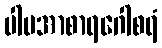
ပါပအာစာရဂေါစရံ